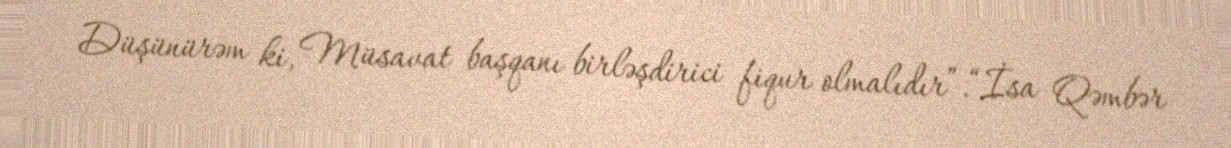
Düşünürəm ki, Müsavat başqanı birləşdirici fiqur olmalıdır”.“İsa Qəmbər